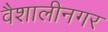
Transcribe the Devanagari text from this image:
वैशालीनगर